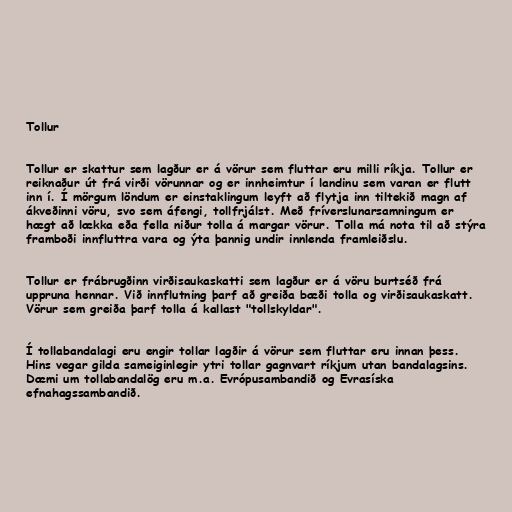
Tollur

Tollur er skattur sem lagður er á vörur sem fluttar eru milli ríkja. Tollur er
reiknaður út frá virði vörunnar og er innheimtur í landinu sem varan er flutt
inn í. Í mörgum löndum er einstaklingum leyft að flytja inn tiltekið magn af
ákveðinni vöru, svo sem áfengi, tollfrjálst. Með fríverslunarsamningum er
hægt að lækka eða fella niður tolla á margar vörur. Tolla má nota til að stýra
framboði innfluttra vara og ýta þannig undir innlenda framleiðslu.

Tollur er frábrugðinn virðisaukaskatti sem lagður er á vöru burtséð frá
uppruna hennar. Við innflutning þarf að greiða bæði tolla og virðisaukaskatt.
Vörur sem greiða þarf tolla á kallast "tollskyldar".

Í tollabandalagi eru engir tollar lagðir á vörur sem fluttar eru innan þess.
Hins vegar gilda sameiginlegir ytri tollar gagnvart ríkjum utan bandalagsins.
Dæmi um tollabandalög eru m.a. Evrópusambandið og Evrasíska
efnahagssambandið.